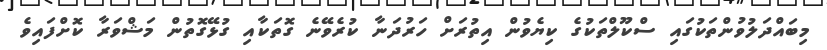
މިބައްދަލުވުންތަކުގައި ސްކޫލްތަކުގެ ކިޔެވުން އިތުރަށް ހަރުދަނާ ކުރެވޭނެ ގޮތަކާއި ގުޅޭގޮތުން މަޝްވަރާ ކޮށްފައިވެ